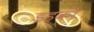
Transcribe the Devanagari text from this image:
डहकों